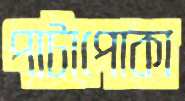
পাটাপোকা